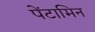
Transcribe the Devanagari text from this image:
पेंटामिन